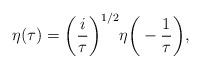
LaTeX: \begin{align*}\eta (\tau ) =\bigg( \frac{i}{\tau }\bigg)^{1/2}\eta \bigg(- \frac{1}{\tau }\bigg), \end{align*}